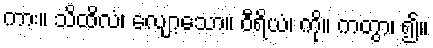
ကား။ သိထိလံ၊ လျော့သော။ ဝီရိယံ၊ ကို။ ကတွာ၊ ၍။